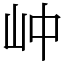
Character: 㞲